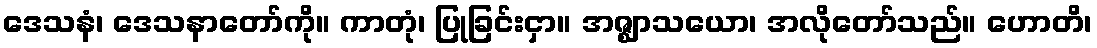
ဒေသနံ၊ ဒေသနာတော်ကို။ ကာတုံ၊ ပြုခြင်းငှာ။ အဇ္ဈာသယော၊ အလိုတော်သည်။ ဟောတိ၊